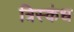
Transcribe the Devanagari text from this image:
त्रिस्कंध